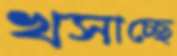
খসাচ্ছে